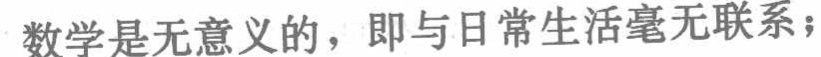
数学是无意义的，即与日常生活毫无联系；